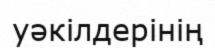
уәкілдерінің